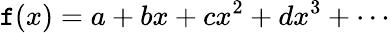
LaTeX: \mathtt{f}(x)=a+bx+cx^{2}+dx^{3}+\cdots